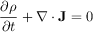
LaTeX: { \frac { \partial \rho } { \partial t } } + \nabla \cdot \mathbf { J } = 0